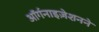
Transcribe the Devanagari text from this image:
ऑर्गनाइज़ेशनने